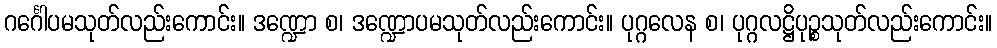
ဂင်္ဂေါပမသုတ်လည်းကောင်း။ ဒဏ္ဍော စ၊ ဒဏ္ဍောပမသုတ်လည်းကောင်း။ ပုဂ္ဂလေန စ၊ ပုဂ္ဂလဋ္ဌိပုဉ္စသုတ်လည်းကောင်း။